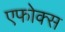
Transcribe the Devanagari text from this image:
एफोक्स